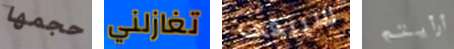
حجمها تغازلني سيبقى أرأيتم